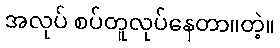
အလုပ် စပ်တူလုပ်နေတာ။တဲ့။